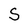
Character: S